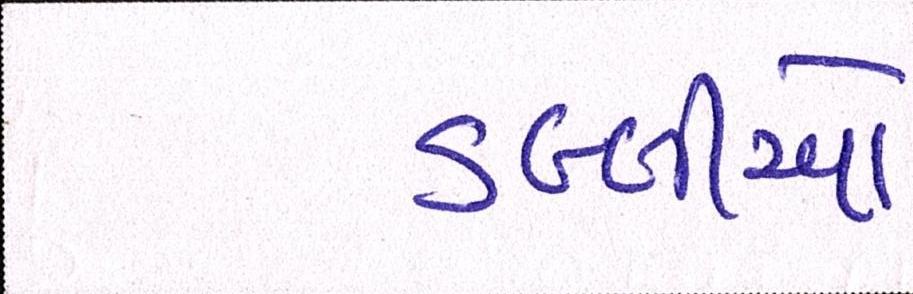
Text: ડબ્બીઓ